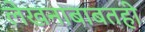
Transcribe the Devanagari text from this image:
लेखनाबाबतही